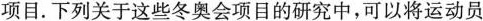
项目.下列关于这些冬奥会项目的研究中，可以将运动员